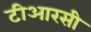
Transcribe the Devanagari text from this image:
टीआरसी